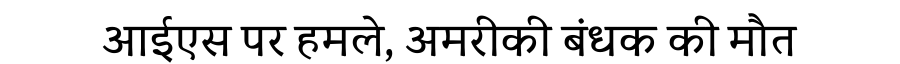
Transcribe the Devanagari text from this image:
आईएस पर हमले, अमरीकी बंधक की मौत